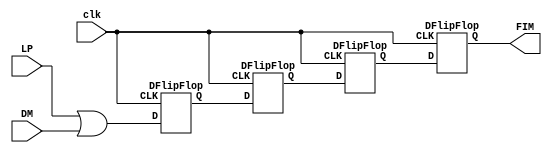
module reg_fim (
    input LP, DM, clk,      // liberar produto, devolver moeda, clock(dividido, 1seg)
    output wire FIM
);
    wire or_D3, Q3_D2, Q2_D1, Q1_D0, Q0_FIM;
    or LP_DM (or_D3, LP, DM);

    DFlipFlop D3(.D(or_D3), .CLK(clk), .Q(Q3_D2));
    DFlipFlop D2(.D(Q3_D2), .CLK(clk), .Q(Q2_D1));
    DFlipFlop D1(.D(Q2_D1), .CLK(clk), .Q(Q1_D0));
    DFlipFlop D0(.D(Q1_D0), .CLK(clk), .Q(Q0_FIM));
	assign FIM = Q0_FIM;
endmodule 

module DFlipFlop (    //flip-flop tipo D
    input D, CLK,
    output reg Q
);
always @ (posedge CLK) begin
    Q <= D;
end
endmodule